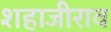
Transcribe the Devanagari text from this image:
शहाजीराव